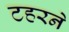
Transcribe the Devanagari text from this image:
टहरने